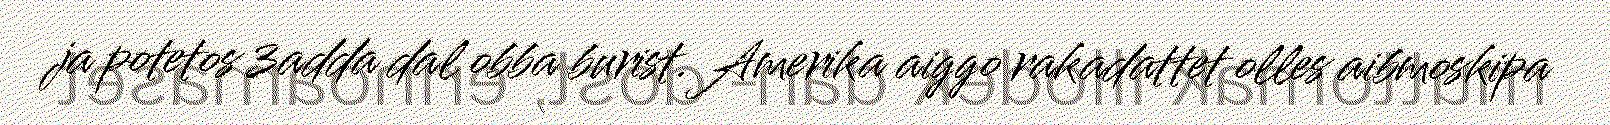
ja potetos 3adda dal obba burist. Amerika aiggo rakadattet olles aibmoskipa